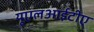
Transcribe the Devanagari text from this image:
यूएलआईटीए